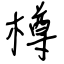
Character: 樽